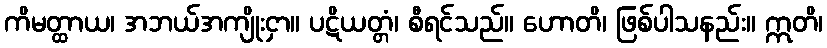
ကိမတ္ထာယ၊ အဘယ်အကျိုးငှာ။ ပဋိယတ္တံ၊ စီရင်သည်။ ဟောတိ၊ ဖြစ်ပါသနည်း။ ဣတိ၊